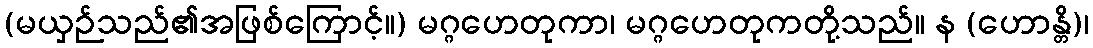
(မယှဉ်သည်၏အဖြစ်ကြောင့်။) မဂ္ဂဟေတုကာ၊ မဂ္ဂဟေတုကတို့သည်။ န (ဟောန္တိ)၊